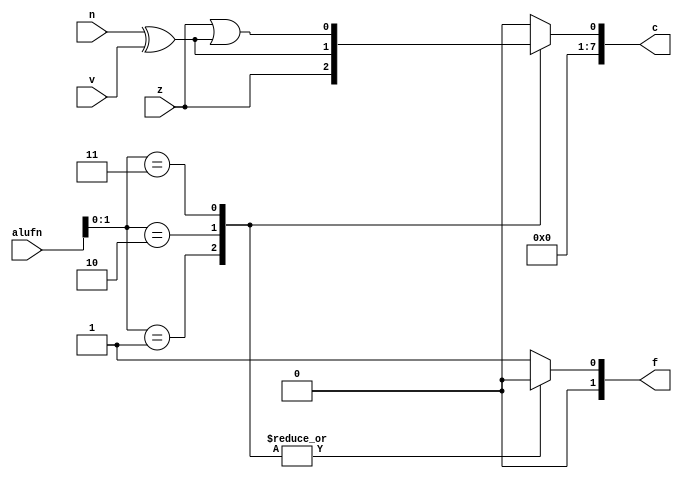
/*
   This file was generated automatically by the Mojo IDE version B1.3.6.
   Do not edit this file directly. Instead edit the original Lucid source.
   This is a temporary file and any changes made to it will be destroyed.
*/

module cmp_4 (
    input [5:0] alufn,
    input z,
    input v,
    input n,
    output reg [7:0] c,
    output reg [1:0] f
  );
  
  
  
  always @* begin
    c = 16'h0000;
    f = 2'h1;
    
    case (alufn[0+1-:2])
      2'h1: begin
        f = 2'h0;
        c[0+0-:1] = z;
      end
      2'h2: begin
        f = 2'h0;
        c[0+0-:1] = (n ^ v);
      end
      2'h3: begin
        f = 2'h0;
        c[0+0-:1] = z | (n ^ v);
      end
    endcase
  end
endmodule